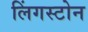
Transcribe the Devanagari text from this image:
लिंगस्टोन